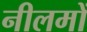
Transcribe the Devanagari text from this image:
नीलमों